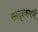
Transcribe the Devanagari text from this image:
सादृश्यगर्भ